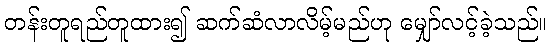
တန်းတူရည်တူထား၍ ဆက်ဆံလာလိမ့်မည်ဟု မျှော်လင့်ခဲ့သည်။